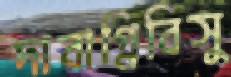
দাবাগ্নিবিসু